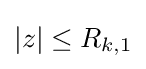
|z|\leq R_{k,1}